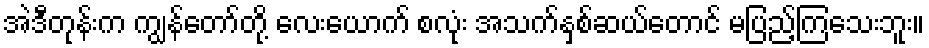
အဲဒီတုန်းက ကျွန်တော်တို့ လေးယောက် စလုံး အသက်နှစ်ဆယ်တောင် မပြည့်ကြသေးဘူး။